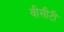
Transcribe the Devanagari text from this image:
वीसीटी